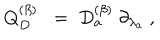
Q _ { D } ^ { ( \beta ) } \; : = \; D _ { a } ^ { ( \beta ) } \ \partial _ { \lambda _ { a } } \ ,